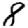
Digit: 8